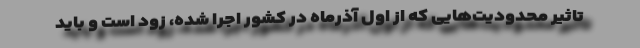
تاثیر محدودیت‌هایی که از اول آذرماه در کشور اجرا شده، زود است و باید